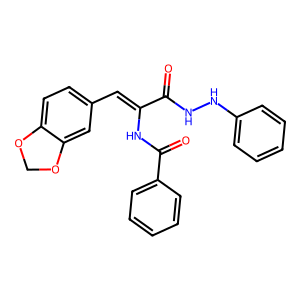
SMILES: O=C(NNc1ccccc1)C(=Cc1ccc2c(c1)OCO2)NC(=O)c1ccccc1
Inhibits HIV replication: No